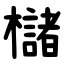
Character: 櫧